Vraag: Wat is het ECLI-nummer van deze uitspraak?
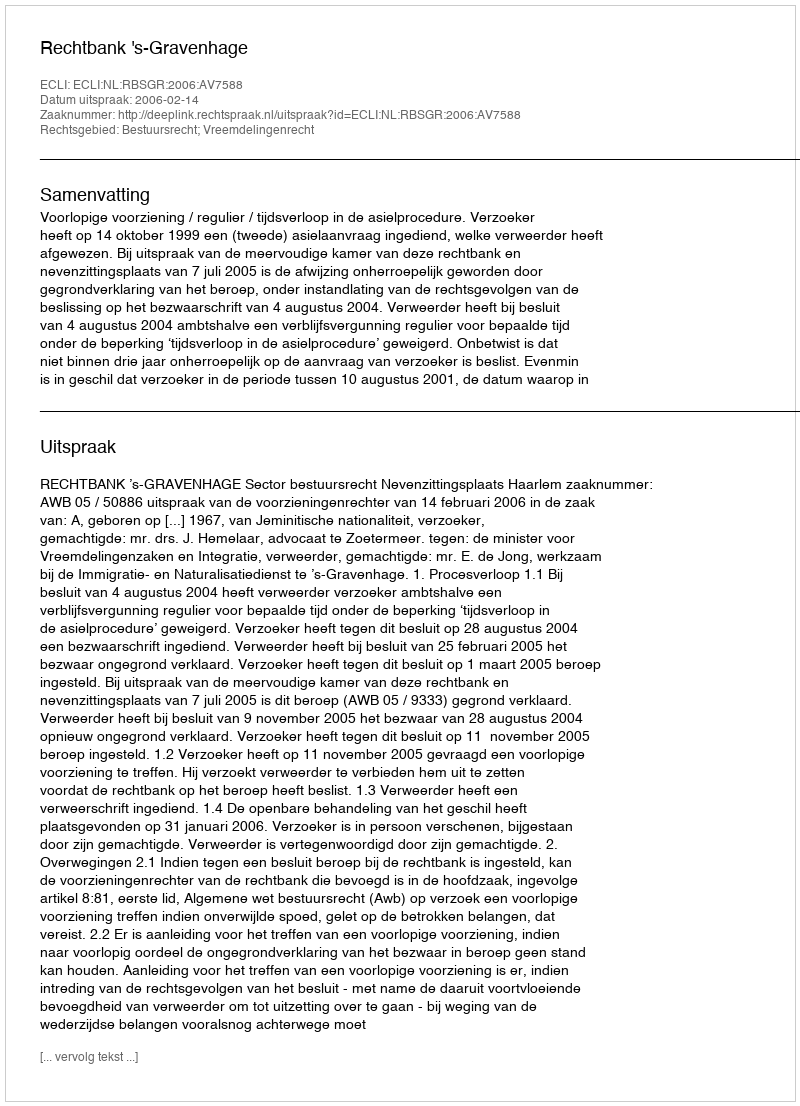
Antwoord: ECLI:NL:RBSGR:2006:AV7588